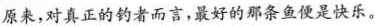
原来，对真正的钓者而言，最好的那条鱼便是快乐。